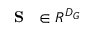
\mathrm { ~ { ~ \bf ~ S ~ } ~ } \in { \cal R } ^ { D _ { G } }